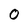
Character: O